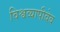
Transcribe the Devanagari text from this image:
विश्वव्यापीवेब